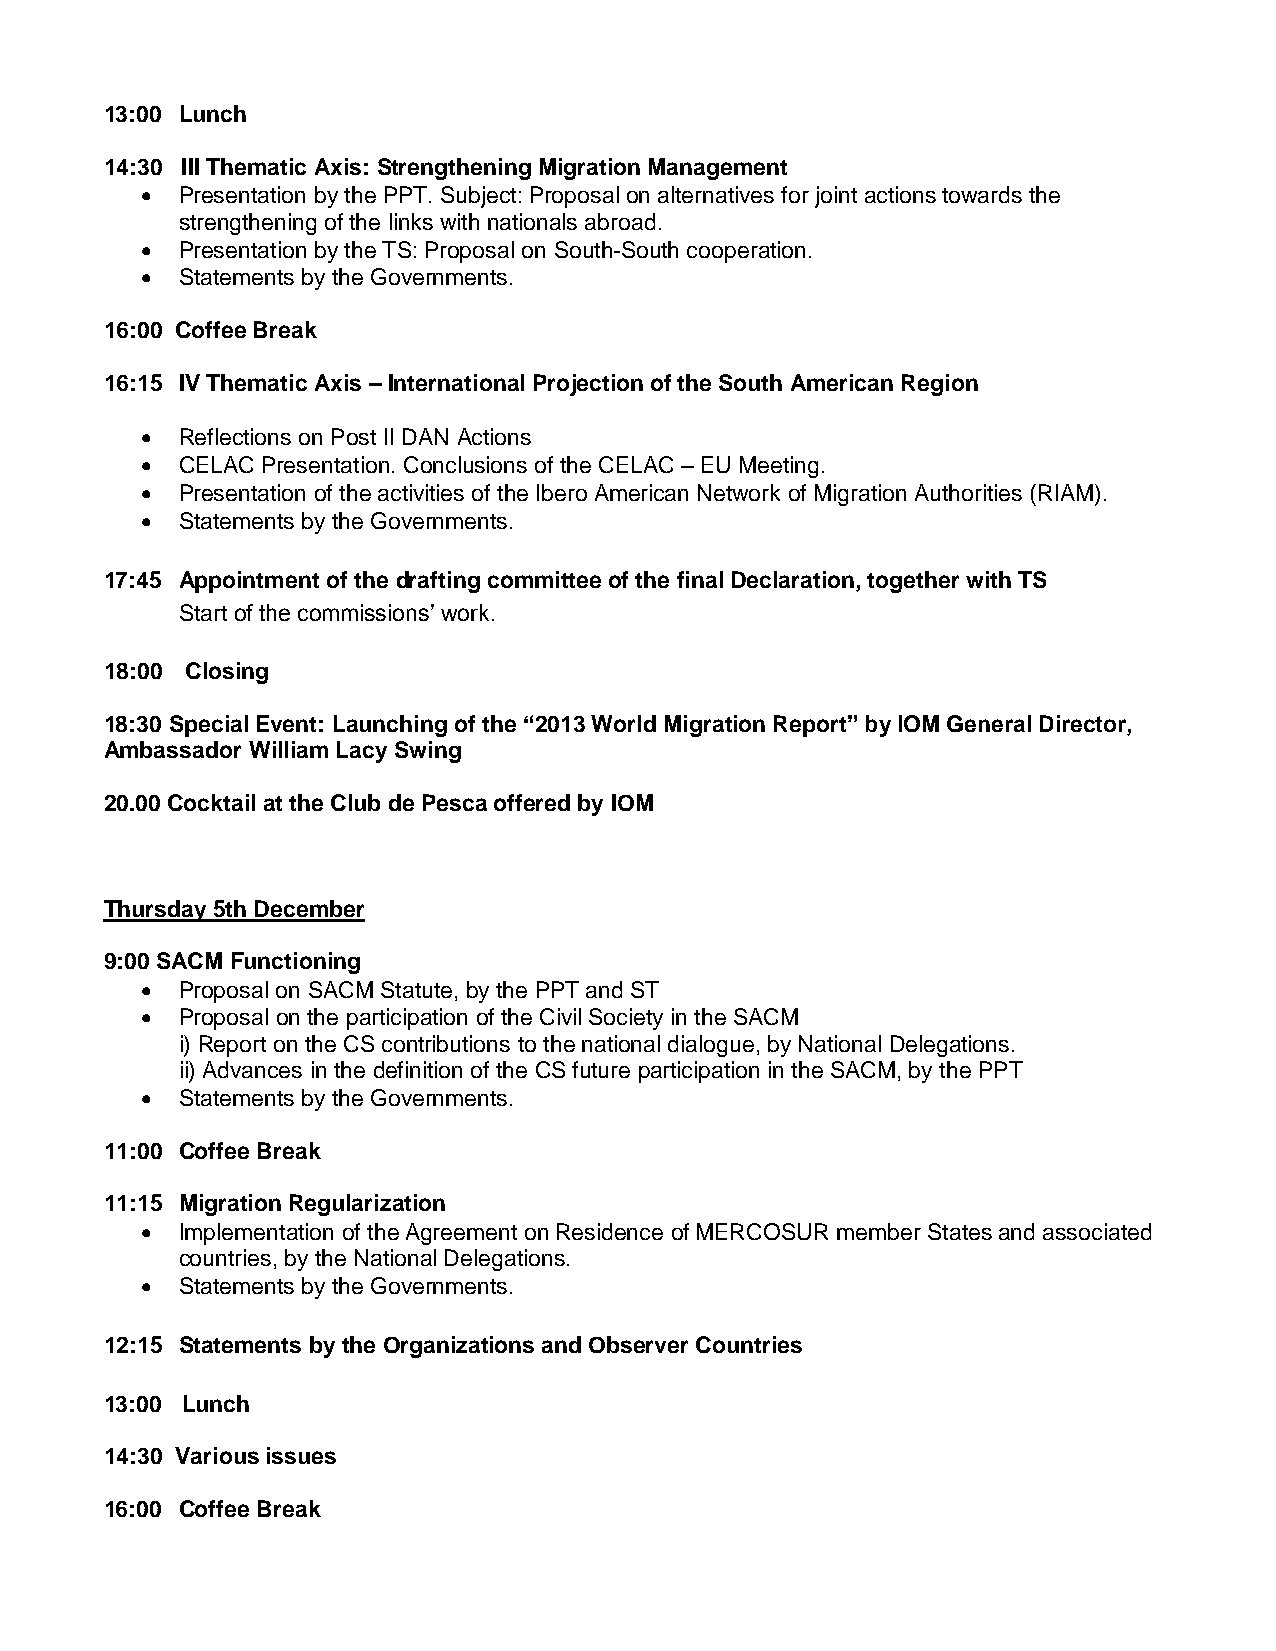
13:00 Lunch
 14:30 III Thematic Axis: Strengthening Migration Management
   Presentation by the PPT. Subject: Proposal on alternatives for joint actions towards the
 strengthening of the links with nationals abroad.
   Presentation by the TS: Proposal on South-South cooperation.
   Statements by the Governments.
 16:00 Coffee Break
 16:15 IV Thematic Axis – International Projection of the South American Region
   Reflections on Post II DAN Actions
   CELAC Presentation. Conclusions of the CELAC – EU Meeting.
   Presentation of the activities of the Ibero American Network of Migration Authorities (RIAM).
   Statements by the Governments.
 17:45 Appointment of the drafting committee of the final Declaration, together with TS
 Start of the commissions’ work.
 18:00 Closing
 18:30 Special Event: Launching of the “2013 World Migration Report” by IOM General Director,
 Ambassador William Lacy Swing
 20.00 Cocktail at the Club de Pesca offered by IOM
 Thursday 5th December
 9:00 SACM Functioning
   Proposal on SACM Statute, by the PPT and ST
   Proposal on the participation of the Civil Society in the SACM
 i) Report on the CS contributions to the national dialogue, by National Delegations.
 ii) Advances in the definition of the CS future participation in the SACM, by the PPT
   Statements by the Governments.
 11:00 Coffee Break
 11:15 Migration Regularization
   Implementation of the Agreement on Residence of MERCOSUR member States and associated
 countries, by the National Delegations.
   Statements by the Governments.
 12:15 Statements by the Organizations and Observer Countries
 13:00 Lunch
 14:30 Various issues
 16:00 Coffee Break